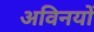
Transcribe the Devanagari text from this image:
अविनयों